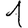
Digit: 1